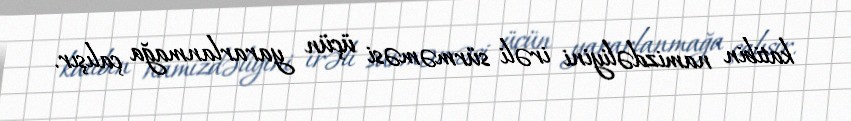
katibin namizdəliyini irəli sürməməsi üçün yararlanmağa çalışır.